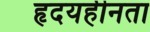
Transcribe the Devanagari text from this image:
हृदयहीनता